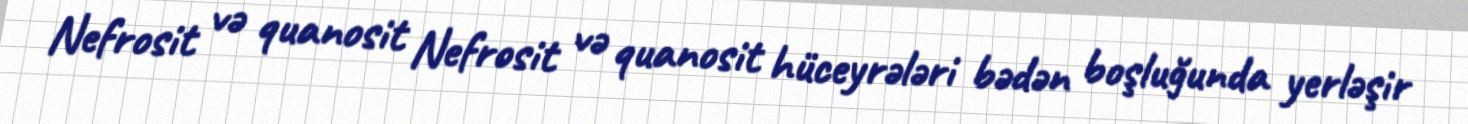
Nefrosit və quanosit Nefrosit və quanosit hüceyrələri bədən boşluğunda yerləşir